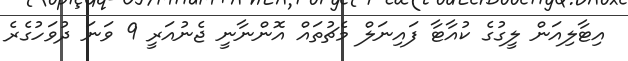
އިޓާލިއަން ލީގުގެ ކުއާޓާ ފައިނަލް މެޗުތައް އޮންނާނީ ޖެނުއަރީ 9 ވަނަ ދުވަހުގެރެ